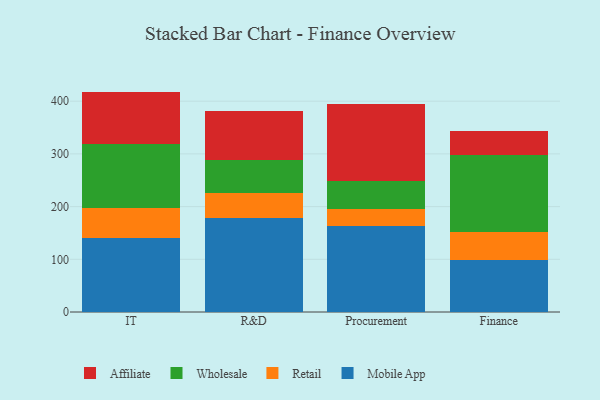
{"axis": {"x": "Department", "y": "Production Output"}, "legend": ["Affiliate", "Mobile App", "Retail", "Wholesale"], "data": [{"x": "IT", "y": 140.8, "type": "Mobile App"}, {"x": "IT", "y": 56.2, "type": "Retail"}, {"x": "IT", "y": 122.7, "type": "Wholesale"}, {"x": "IT", "y": 98.5, "type": "Affiliate"}, {"x": "R&D", "y": 179.3, "type": "Mobile App"}, {"x": "R&D", "y": 46.6, "type": "Retail"}, {"x": "R&D", "y": 62.4, "type": "Wholesale"}, {"x": "R&D", "y": 93.9, "type": "Affiliate"}, {"x": "Procurement", "y": 162.3, "type": "Mobile App"}, {"x": "Procurement", "y": 32.3, "type": "Retail"}, {"x": "Procurement", "y": 53.4, "type": "Wholesale"}, {"x": "Procurement", "y": 146.9, "type": "Affiliate"}, {"x": "Finance", "y": 99.1, "type": "Mobile App"}, {"x": "Finance", "y": 51.8, "type": "Retail"}, {"x": "Finance", "y": 146.9, "type": "Wholesale"}, {"x": "Finance", "y": 45.7, "type": "Affiliate"}]}